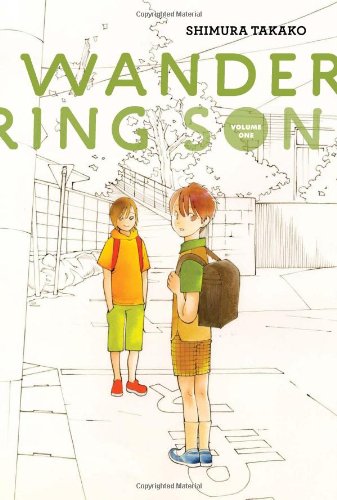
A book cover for Wandering Son, Book 1; Shimura Takako; Comics & Graphic Novels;